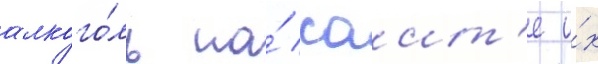
алкого́ль на́ саит'е и́х